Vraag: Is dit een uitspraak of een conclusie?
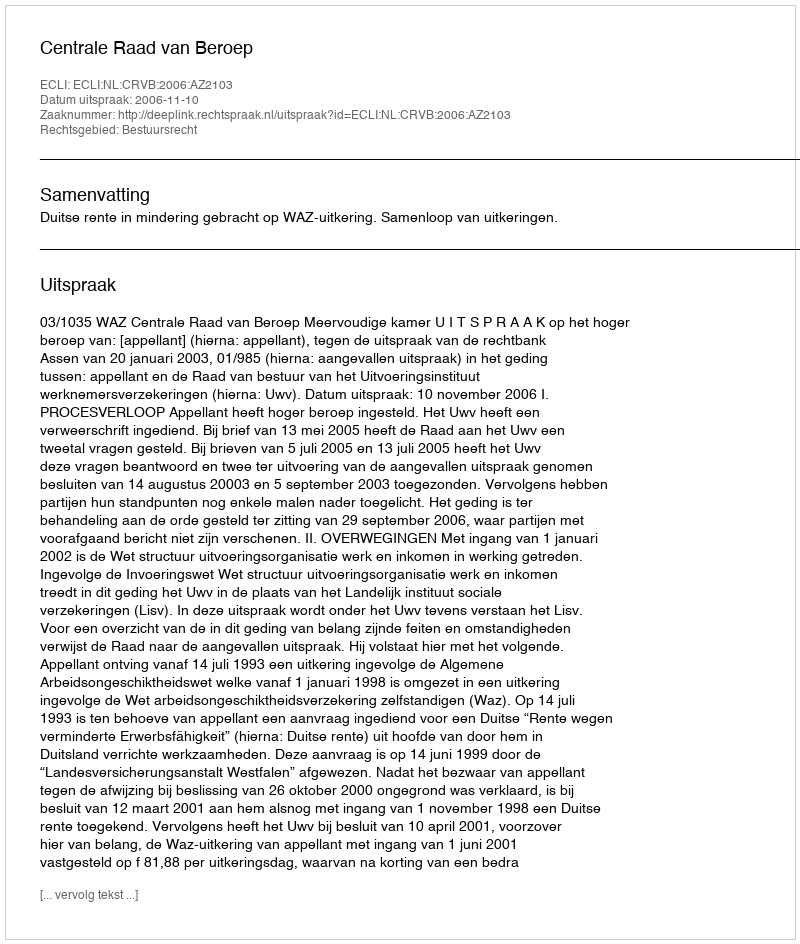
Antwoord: Uitspraak